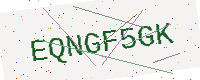
Text: EQNGF5GK